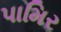
પામિર